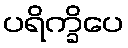
ပရိက္ခိပေ